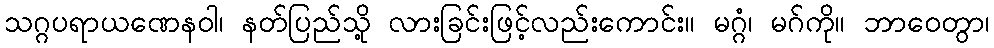
သဂ္ဂပရာယဏေနဝါ၊ နတ်ပြည်သို့ လားခြင်းဖြင့်လည်းကောင်း။ မဂ္ဂံ၊ မဂ်ကို။ ဘာဝေတွာ၊